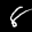
Label: 8